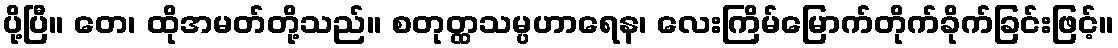
ပို့ပြီ။ တေ၊ ထိုအမတ်တို့သည်။ စတုတ္ထသမ္ပဟာရေန၊ လေးကြိမ်မြောက်တိုက်ခိုက်ခြင်းဖြင့်။